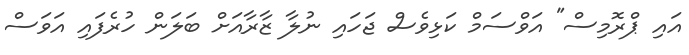
އައި ޕްރޮމިސް" އަވްސަމް ކަޅިވެސް ޖަހައި ނުލާ ޒާރާއަށް ބަލަން ހުރެފައި އަވަސް